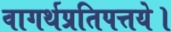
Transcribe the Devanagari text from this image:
वागर्थप्रतिपत्तये।